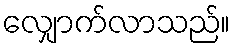
လျှောက်လာသည်။